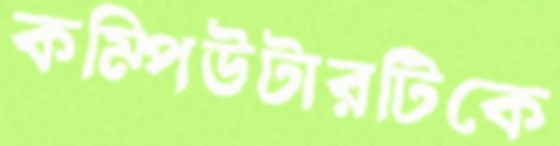
কম্পিউটারটিকে